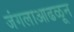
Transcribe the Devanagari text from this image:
जंगलाआढळून